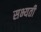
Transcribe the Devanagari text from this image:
सभ्यती